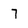
Character: 7